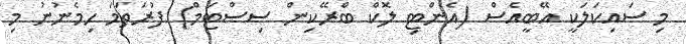
މި ސައިކަލަކީ އޭބީއެސް (އެންޓި ލޮކް ބްރޭކިން ސިސްޓަމް) ފުރަތަމަ ހިމެނުނު މި